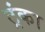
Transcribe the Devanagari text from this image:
ट्रंका